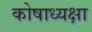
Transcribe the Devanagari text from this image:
कोषाध्यक्षा